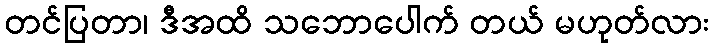
တင်ပြတာ၊ ဒီအထိ သဘောပေါက် တယ် မဟုတ်လား